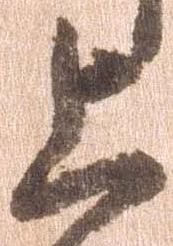
上